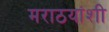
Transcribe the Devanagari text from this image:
मराठयांशी